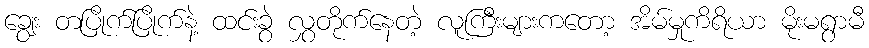
ချွေး တပြိုက်ပြိုက်နဲ့ ထင်းခွဲ လွှတိုက်နေတဲ့ လူကြီးများကတော့ အိမ်မှုကိရိယာ မိုးမရွာမီ